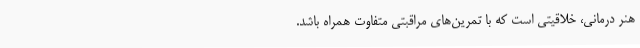
هنر درمانی، خلاقیتی است که با تمرین‌های مراقبتی متفاوت همراه باشد.